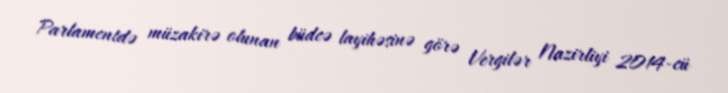
Parlamentdə müzakirə olunan büdcə layihəsinə görə Vergilər Nazirliyi 2014-cü